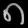
Digit: ၈